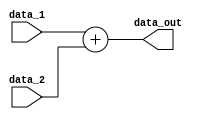
module Adder1(data_out, data_1, data_2);

input 	[31:0] data_1;
input 	[31:0] data_2;
output	[31:0] data_out;

assign  	data_out = data_1+data_2;
endmodule